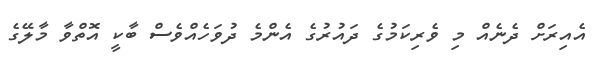
އެއިރަށް ދެނެއް މި ވެރިކަމުގެ ދައުރުގެ އެންމެ ދުވަހެއްވެސް ބާކީ އޮތްވާ މާލޭގެ